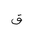
Letter: _qaf